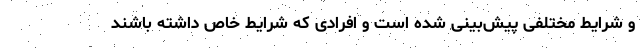
و شرایط مختلفی پیش‌بینی شده است و افرادی که شرایط خاص داشته باشند